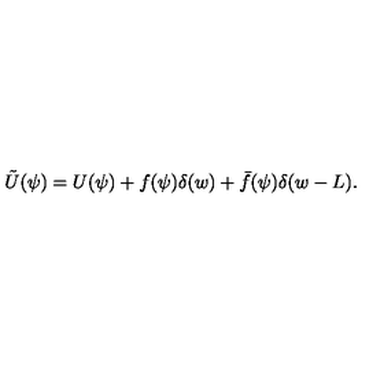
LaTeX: \tilde { U } ( \psi ) = U ( \psi ) + f ( \psi ) \delta ( w ) + \bar { f } ( \psi ) \delta ( w - L ) .